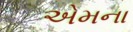
એમના